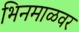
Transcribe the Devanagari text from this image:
भिनमाळवर